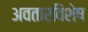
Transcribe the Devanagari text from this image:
अवतारविशेष